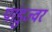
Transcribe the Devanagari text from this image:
पांडुज्वर